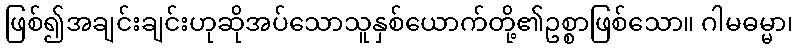
ဖြစ်၍အချင်းချင်းဟုဆိုအပ်သောသူနှစ်ယောက်တို့၏ဥစ္စာဖြစ်သော။ ဂါမဓမ္မာ၊